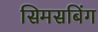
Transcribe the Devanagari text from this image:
सिमसबिंग